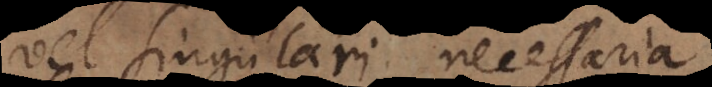
vel singulari, necessaria